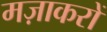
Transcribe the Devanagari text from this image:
मज़ाकरों